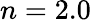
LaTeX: n=2.0